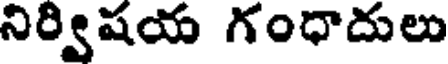
నిర్విషయ గంధాదులు